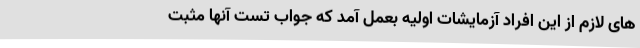
های لازم از این افراد آزمایشات اولیه بعمل آمد که جواب تست آنها مثبت